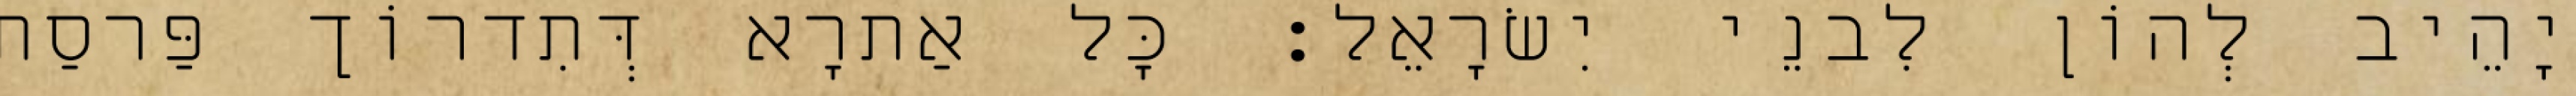
יָהֵיב לְהוֹן לִבנֵי יִשׂרָאֵל׃ כָּל אַתרָא דְּתִדרוֹך פַּרסַת